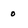
Character: o